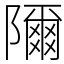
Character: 隬